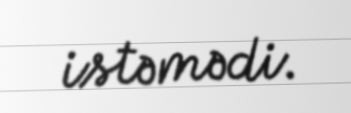
istəmədi.